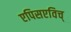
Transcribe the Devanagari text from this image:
एपिसएविच्